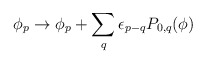
\begin{align*}\phi_p\rightarrow\phi_p+\sum_q\epsilon_{p-q}P_{0,q}(\phi)\end{align*}